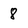
Character: 8